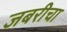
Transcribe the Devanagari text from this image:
जबरीचा